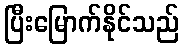
ပြီးမြောက်နိုင်သည်